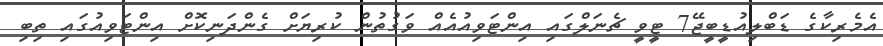
އެމެރިކާގެ ޑަބްލިއުޑީބީޖޭ7 ޓީވީ ޗެނަލްގައި އިންޓަވިއުއެއް ވަގުތުން ކުރިޔަށް ގެންދަނިކޮށް އިންޓަވިއުގައި ތިބި